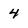
Character: 4